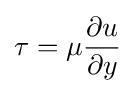
\tau =\mu {\frac {\partial u}{\partial y}}